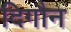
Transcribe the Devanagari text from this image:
दिगौन